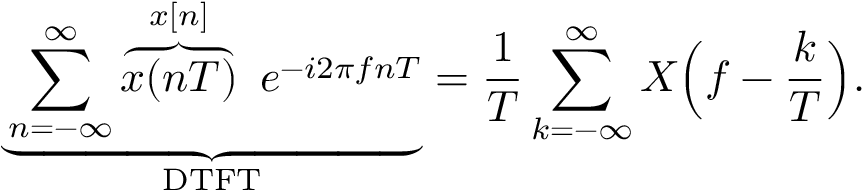
\underbrace { \sum _ { n = - \infty } ^ { \infty } \overbrace { x ( n T ) } ^ { x [ n ] } \ e ^ { - i 2 \pi f n T } } _ { \mathrm { D T F T } } = { \frac { 1 } { T } } \sum _ { k = - \infty } ^ { \infty } X { \Bigl ( } f - { \frac { k } { T } } { \Bigr ) } .